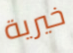
خيرية